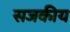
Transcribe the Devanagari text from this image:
सजकीय